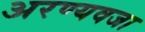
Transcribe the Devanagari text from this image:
अरण्यवजा